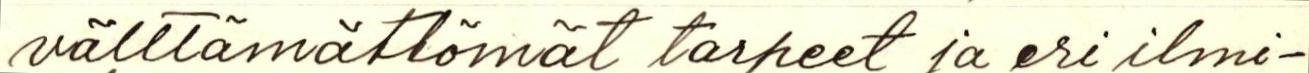
välttämättömät tarpeet ja eri ilmi-